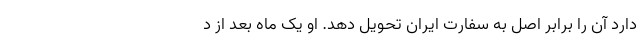
دارد آن را برابر اصل به سفارت ایران تحویل دهد. او یک ماه بعد از د